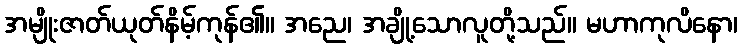
အမျိုးဇာတ်ယုတ်နိမ့်ကုန်၏။ အညေ၊ အချို့သောလူတို့သည်။ မဟာကုလိနော၊